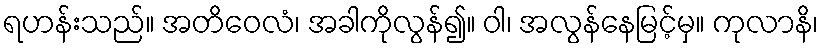
ရဟန်းသည်။ အတိဝေလံ၊ အခါကိုလွန်၍။ ဝါ၊ အလွန်နေမြင့်မှ။ ကုလာနိ၊